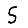
Digit: 5